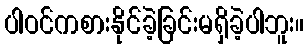
ပါဝင်ကစားနိုင်ခဲ့ခြင်းမရှိခဲ့ပါဘူး။